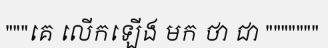
"""គេ លើកឡើង មក ថា ជា """""""